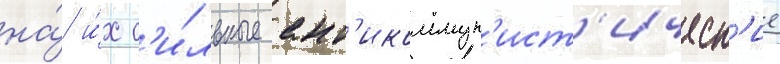
на́ и́х с'и́льные ант'икоммун'ист'ическ'ие